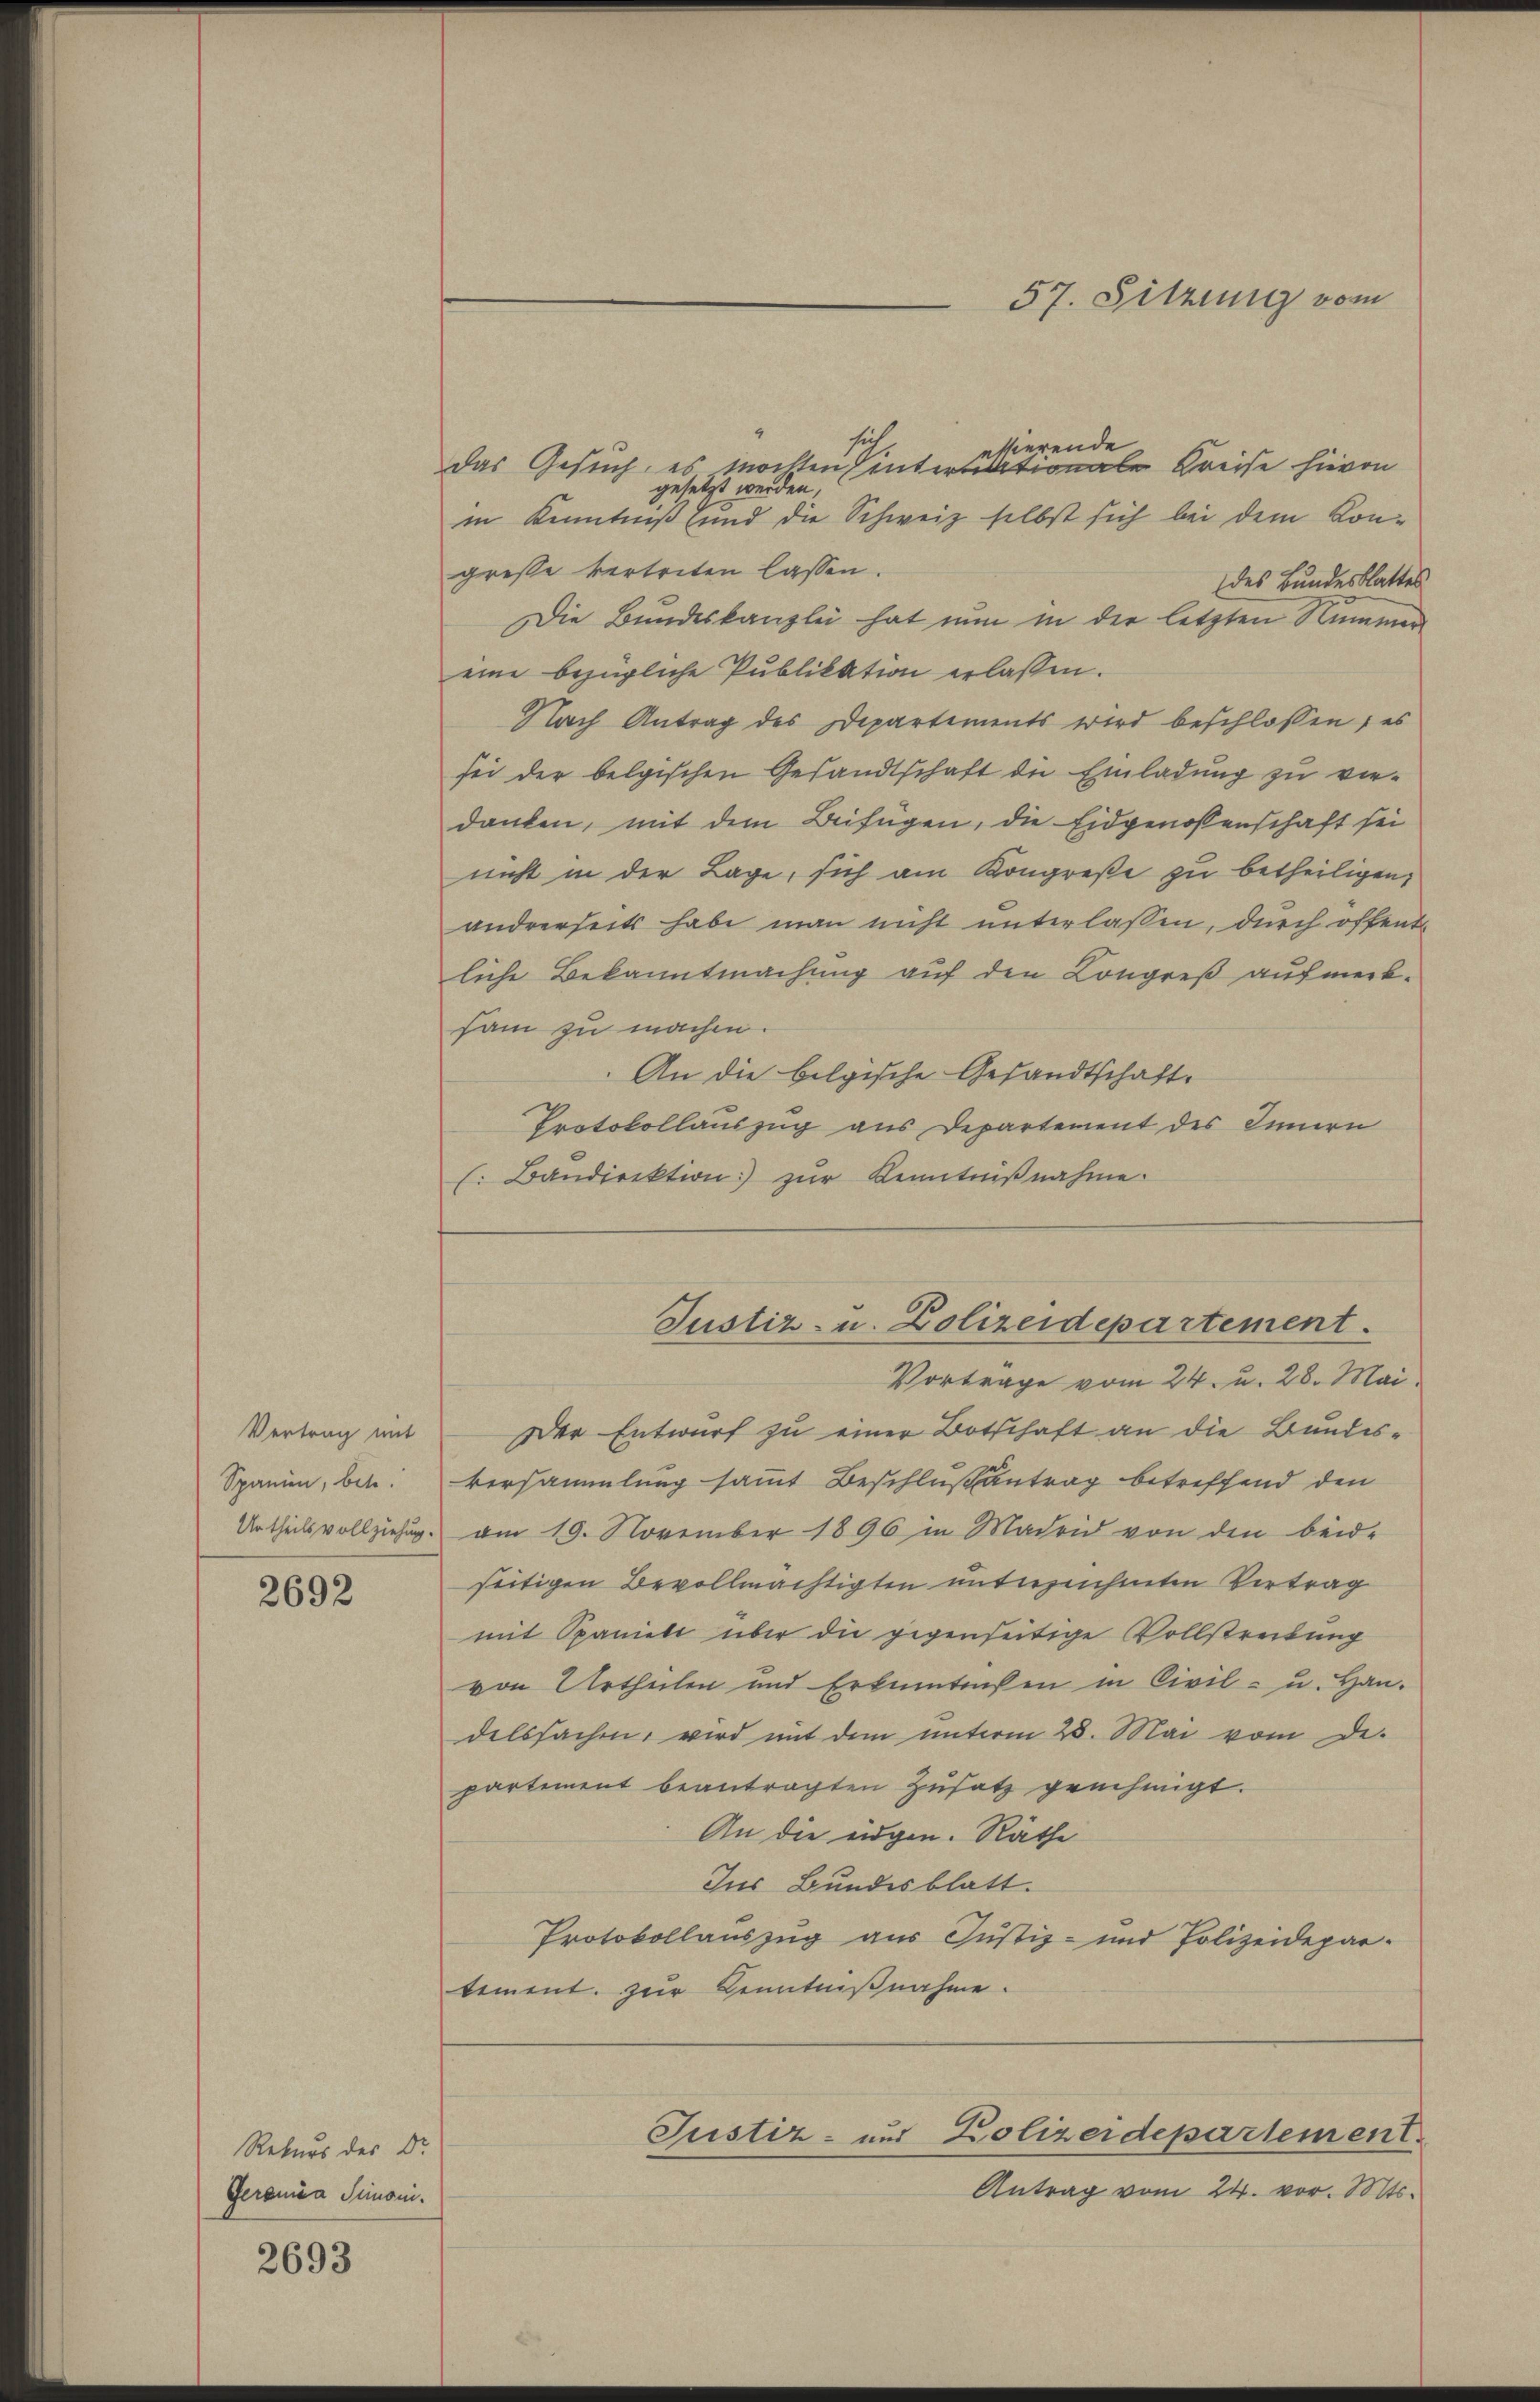
Vertrag mit
Spanien, betr.

2692

Rekurs des Dr.
Geronia Simoni.

2693

57. Sitzung vom

ssierende
Das Gesuch, es möchten hintertationale Kreise hievon
gesetzt werden,
in Kenntniß und die Schweiz selbst sich bei dem Kongresse vertreten lassen.
des Bundesblattes
Die Bundeskanzlei hat nun in der letzten Nummen
eine bezügliche Publikation erlassen.
Nach Antrag des Departements wird beschlossen; es
sei der belgischen Gesandtschaft die Einladung zu verdanken, mit dem Beifügen, die Eidgenossenschaft sei
nicht in der Lage, sich am Kongreße zu betheiligen,
andrerseits habe man nicht unterlassen, durch öffentliche Bekanntmachung auf den Congreß aufmerksam zu machen.
An die belgische Gesandtschaft.
Protokollauszug aus Departement des Innern
(. Bandirektion zur Kenntnißnahme.

Vortrage vom 24. u. 28. Mai
Der Entwurf zu einer Botschaft an die Bundesversammlung sammt Beschlußantrag betreffend den
Urtheils vollziehung am 19. November 1896 in Madrid von den beid-
seitigen Bevollmächtigten unterzeichneten Vertrag
mit Spanieli über die gegenseitige Vollstreitung
von Urtheilen und Erkenntnißen in Civil- u. Han-
delssachen, wird mit dem unterm 25. Mai vom de
partement beantragten Zusatz genehmigt.
An die eidgen. Räthe
Ins Bundesblatt.
Protokollauszug aus Justiz- und Polizeidepar-
tement zur Kenntnißnahme.

Justiz- u. Polizeidepartement.

Justiz- und Polizeidepartement.

Antrag vom 24. vor. Mts.